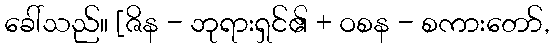
ခေါ်သည်။ [ဇိန - ဘုရားရှင်၏ + ဝစန - စကားတော်,